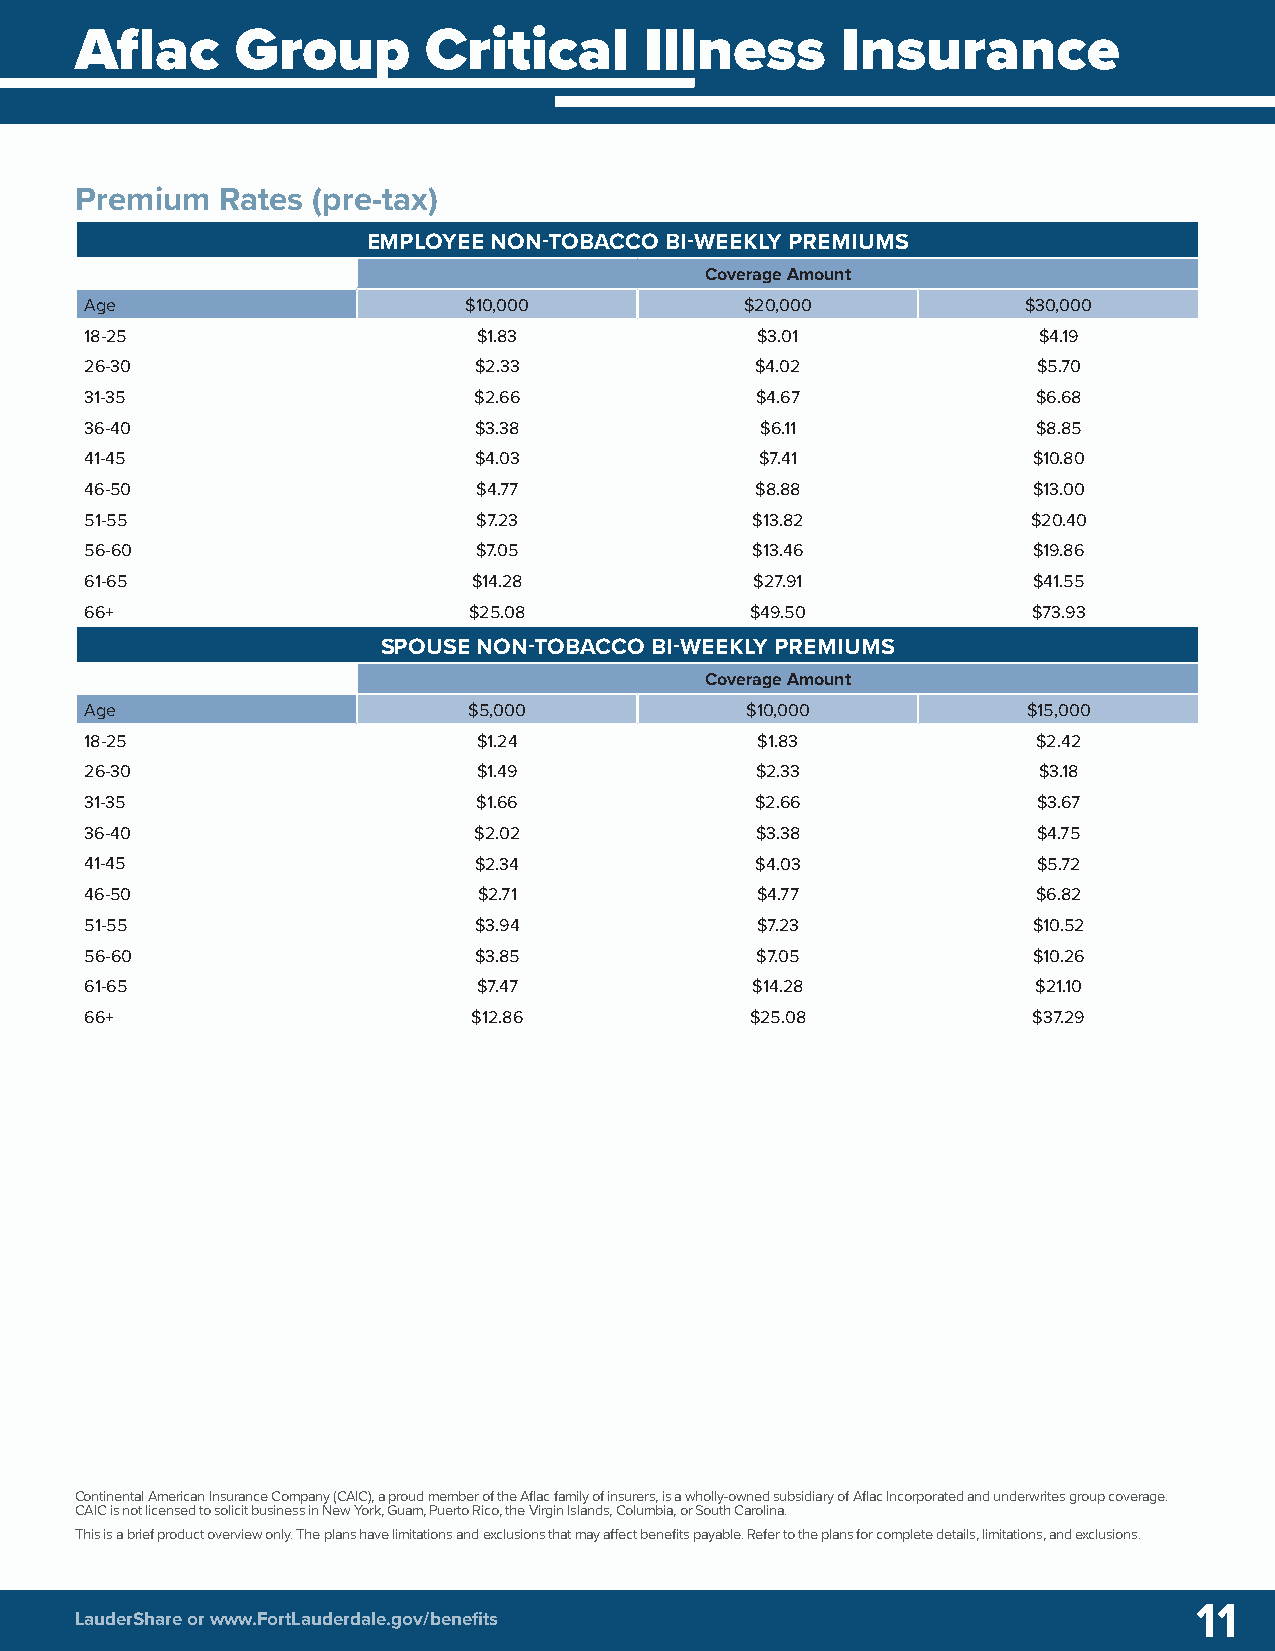
Aflac Group Critical Illness Insurance Aflac Group Critical Illness Insurance
 Premium   Rates (pre-tax)
 EMPLOYEE NON-TOBACCO BI-WEEKLY PREMIUMS
 Coverage Amount
 Age                      $10,000           $20,000            $30,000
 18-25                     $1.83             $3.01              $4.19
 26-30                    $2.33              $4.02              $5.70
 31-35                    $2.66              $4.67              $6.68
 36-40                    $3.38              $6.11              $8.85
 41-45                    $4.03              $7.41             $10.80
 46-50                     $4.77             $8.88             $13.00
 51-55                     $7.23             $13.82            $20.40
 56-60                    $7.05              $13.46            $19.86
 61-65                    $14.28             $27.91            $41.55
 66+                      $25.08             $49.50            $73.93
 SPOUSE NON-TOBACCO BI-WEEKLY PREMIUMS
 Coverage Amount
 Age                      $5,000            $10,000            $15,000
 18-25                     $1.24             $1.83              $2.42
 26-30                     $1.49             $2.33              $3.18
 31-35                     $1.66             $2.66              $3.67
 36-40                    $2.02              $3.38              $4.75
 41-45                    $2.34              $4.03              $5.72
 46-50                     $2.71             $4.77              $6.82
 51-55                    $3.94              $7.23             $10.52
 56-60                    $3.85              $7.05             $10.26
 61-65                     $7.47             $14.28             $21.10
 66+                      $12.86             $25.08            $37.29
 Continental American Insurance Company (CAIC), a proud member of the Aflac family of insurers, is a wholly-owned subsidiary of Aflac Incorporated and underwrites group coverage.
 CAIC is not licensed to solicit business in New York, Guam, Puerto Rico, the Virgin Islands, Columbia, or South Carolina.
 This is a brief product overview only. The plans have limitations and exclusions that may affect benefits payable. Refer to the plans for complete details, limitations, and exclusions.
 11
 LauderShare or www.FortLauderdale.gov/benefits